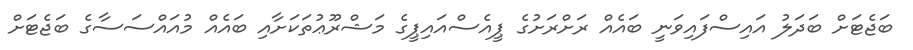
ބަޖެޓަށް ބަދަލު އައިސްފައިވަނީ ބައެއް ރަށްރަށުގެ ޕީއެސްއައިޕީގެ މަޝްރޫޢުތަކަށާއި ބައެއް މުއައްސަސާގެ ބަޖެޓަށް